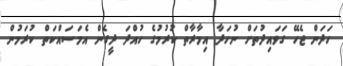
ހަދަން ޖެހޭ ގަވައިދުތަށް ނުހަދާ އިމާރާތް ކުރުމުގެ ހުއްދަ ދީގެން އެމަސައްކަތް ކުރަމުން